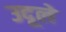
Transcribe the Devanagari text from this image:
उदूले